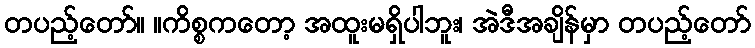
တပည့်တော်။ ။ကိစ္စကတော့ အထူးမရှိပါဘူး၊ အဲဒီအချိန်မှာ တပည့်တော်